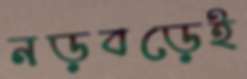
নড়বড়েই